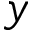
y